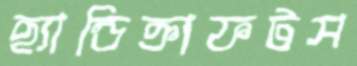
হ্যান্ডিক্রাফটস